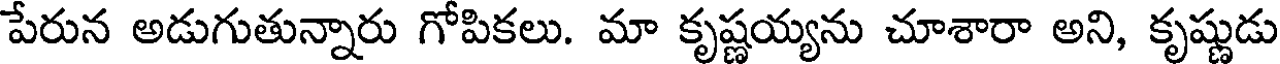
పేరున అడుగుతున్నారు గోపికలు. మా కృష్ణయ్యను చూశారా అని, కృష్ణుడు